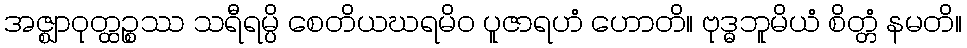
အဇ္ဈာဝုတ္ထဉ္စဿ သရီရမ္ပိ စေတိယဃရမိဝ ပူဇာရဟံ ဟောတိ။ ဗုဒ္ဓဘူမိယံ စိတ္တံ နမတိ။